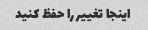
اینجا تغییر را حفظ کنید